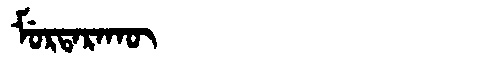
Manchu: ᠮᡠᡵᡨᠠᡵᠠᡴᡡ
Romanization: MURTARAKŪ